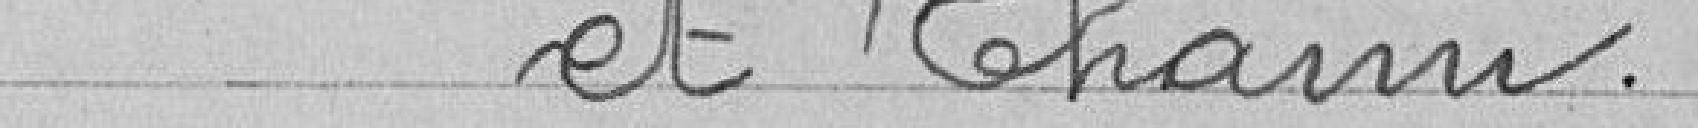
et Thann.